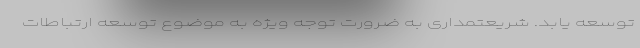
توسعه یابد. شریعتمداری به ضرورت توجه ویژه به موضوع توسعه ارتباطات